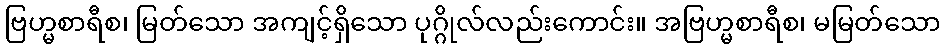
ဗြဟ္မစာရီစ၊ မြတ်သော အကျင့်ရှိသော ပုဂ္ဂိုလ်လည်းကောင်း။ အဗြဟ္မစာရီစ၊ မမြတ်သော